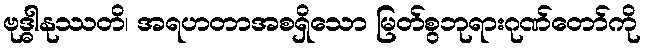
ဗုဒ္ဓါနုဿတိ၊ အရဟတာအစရှိသော မြတ်စွဘုရားဂုဏ်တော်ကို